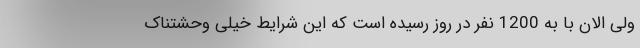
ولی الان با به 1200 نفر در روز رسیده است که این شرایط خیلی وحشتناک